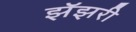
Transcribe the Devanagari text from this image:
झॅझरी